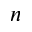
n